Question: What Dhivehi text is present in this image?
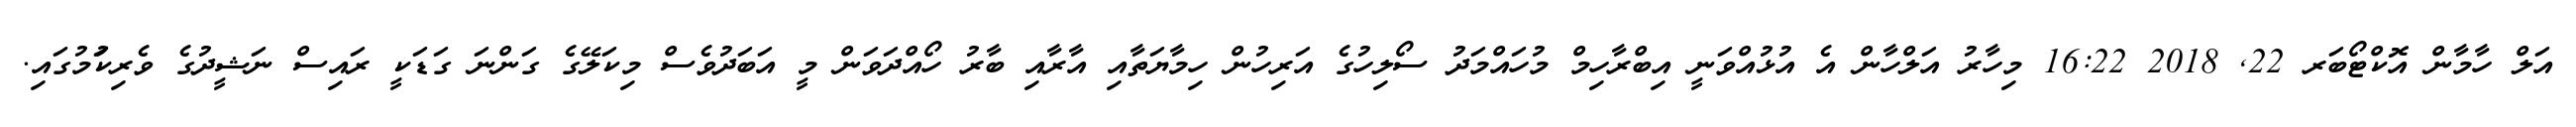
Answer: އަލް ހާމާން އޮކްޓޯބަރ 22, 2018 16:22 މިހާރު އަލްހާން އެ އުޅުއްވަނީ އިބްރާހިމް މުހައްމަދު ސޯލިހުގެ އަރިހުން ހިމާޔަތާއި އާރާއި ބާރު ހޯއްދަވަން މީ އަބަދުވެސް މިކަލޭގެ ގަންނަ ގަޑަކީ ރައިސް ނަޝީދުގެ ވެރިކަުމުގައި.